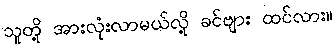
သူတို့ အားလုံးလာမယ်လို့ ခင်ဗျား ထင်လား။